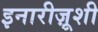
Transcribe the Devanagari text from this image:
इनारीज़ूशी